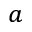
_ a